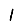
Digit: 1